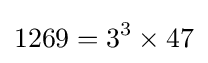
1269=3^{3}\times 47